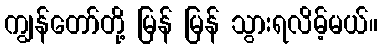
ကျွန်တော်တို့ မြန် မြန် သွားရလိမ့်မယ်။